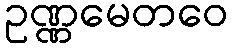
ဥဏ္ဏမေတဝေ